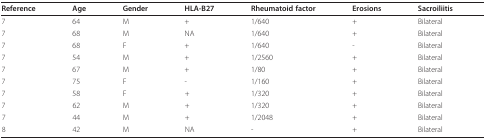
| Reference | Age | Gender | HLA-B27 | Rheumatoid factor | Erosions | Sacroiliitis |
 | --- | --- | --- | --- | --- | --- | --- |
 | 7 | 64 | M | + | 1/640 | + | Bilateral |
 | 7 | 68 | M | NA | 1/640 | + | Bilateral |
 | 7 | 68 | F | + | 1/640 | - | Bilateral |
 | 7 | 54 | M | + | 1/2560 | + | Bilateral |
 | 7 | 67 | M | + | 1/80 | + | Bilateral |
 | 7 | 75 | F | - | 1/160 | + | Bilateral |
 | 7 | 58 | F | + | 1/320 | + | Bilateral |
 | 7 | 62 | M | + | 1/320 | + | Bilateral |
 | 7 | 44 | M | + | 1/2048 | + | Bilateral |
 | 8 | 42 | M | NA | - | + | Bilateral |